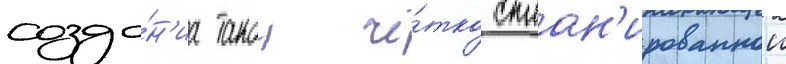
созда́н'иа такои чё́тко сплан'ированнои